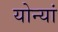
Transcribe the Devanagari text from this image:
योन्यां